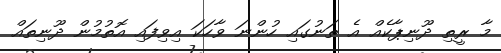
މާ ރީތި ދޫނިޕާކެއް އެ ތަނުގައި ހުންނަ ވާހަކަ އިވިފައި އޮތުމުން ދޫނިތައް